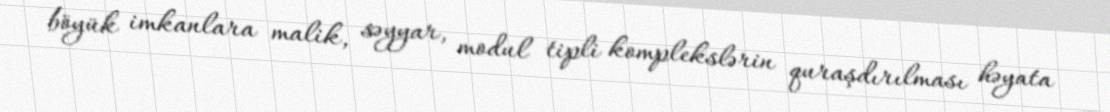
böyük imkanlara malik, səyyar, modul tipli komplekslərin quraşdırılması həyata